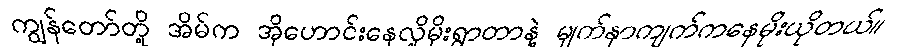
ကျွန်တော်တို့ အိမ်က အိုဟောင်းနေလို့မိုးရွာတာနဲ့ မျက်နှာကျက်ကနေမိုးယိုတယ်။